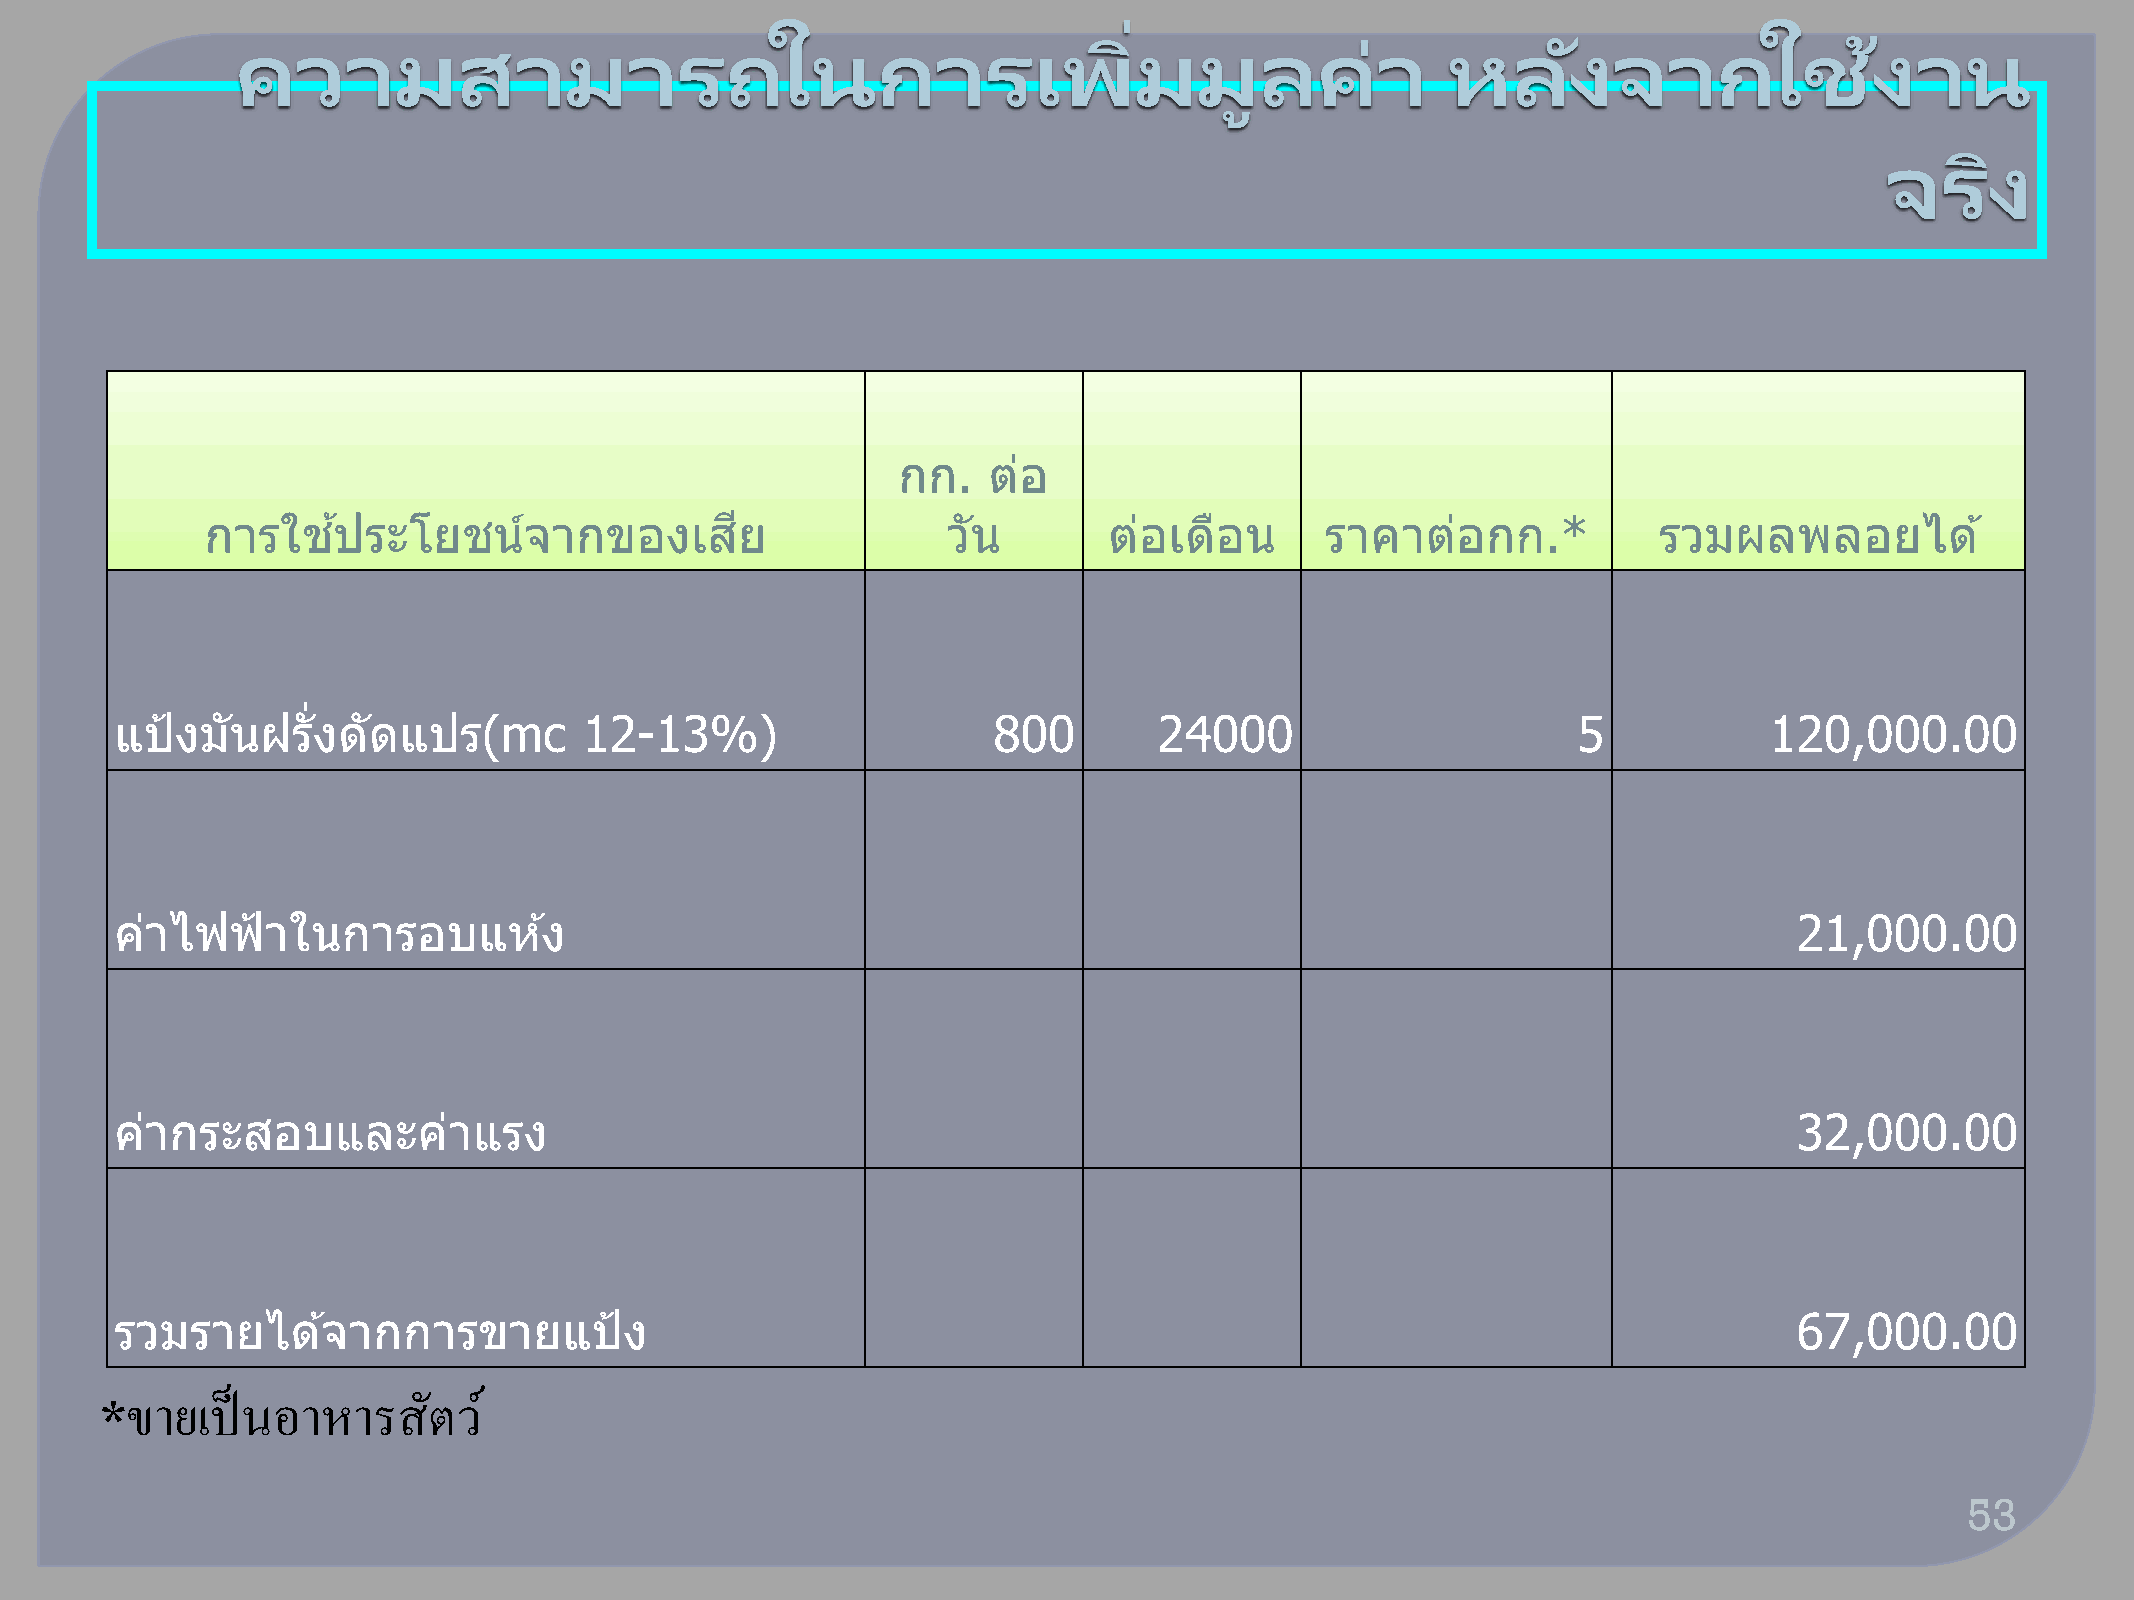
่
 ความสามารถในการเพมิ                                            มูลคา่           หลงั       จากใชง้             าน
 จรงิ
 กก.   ตอ่
 การใชป้   ระโยชนจ์     ากของเสยี                 วนั       ตอ่ เดอื น     ราคาตอ่   กก.*        รวมผลพลอยได          ้
 แป้งมันฝรั่งดดั   แปร(mc       12-13%)                    800        24000                      5            120,000.00
 คา่ ไฟฟ้าในการอบแหง้                                                                                           21,000.00
 คา่ กระสอบและคา่       แรง                                                                                     32,000.00
 รวมรายไดจ้     ากการขายแป้ง                                                                                    67,000.00
 ขายเป็  นอาหารสตั     ว์
 *
 53